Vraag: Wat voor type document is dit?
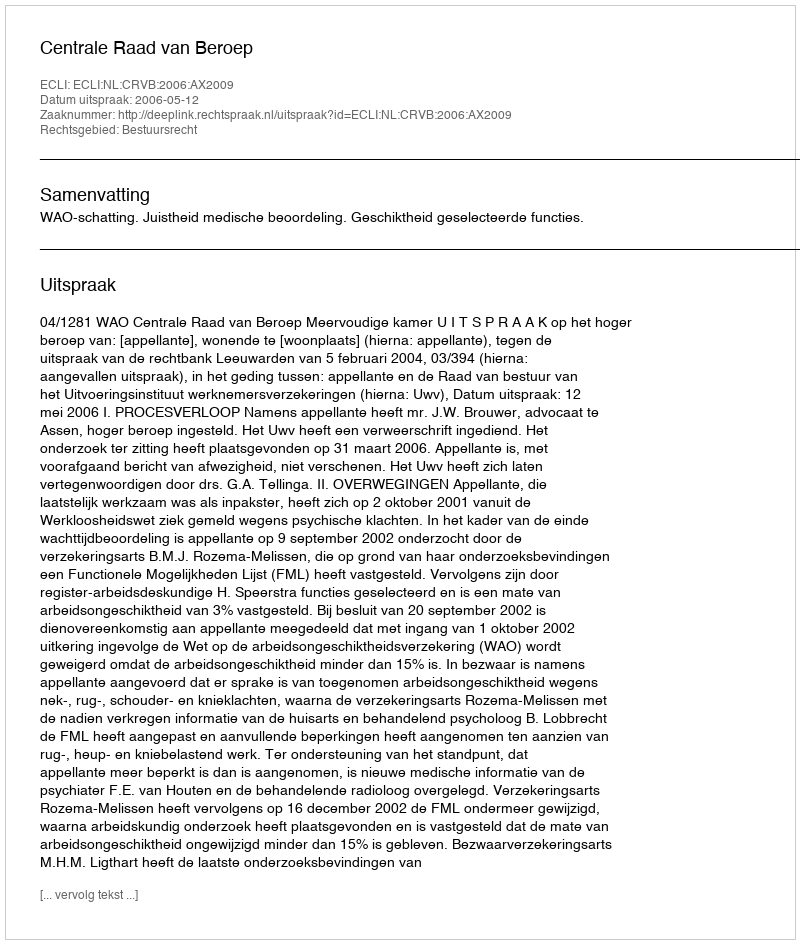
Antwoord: Uitspraak